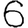
Digit: 6